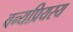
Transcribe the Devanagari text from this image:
वन्यप्रियस्य